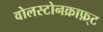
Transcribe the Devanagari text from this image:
वोलस्टोनक्राफ़्ट